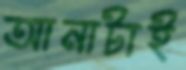
আনাটাই